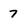
Character: 7